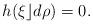
LaTeX: \begin{gather*}h(\xi\rfloor d\rho)=0.\end{gather*}